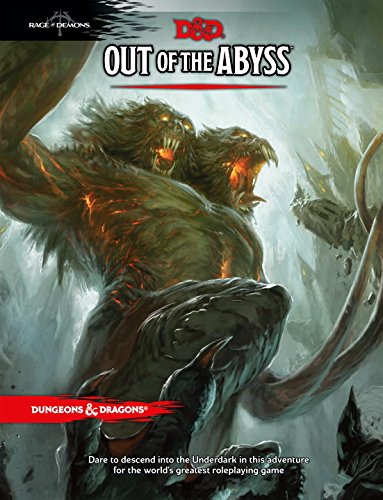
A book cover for Out of the Abyss (D&D Accessory); Wizards RPG Team; Science Fiction & Fantasy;